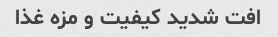
افت شدید کیفیت و مزه غذا